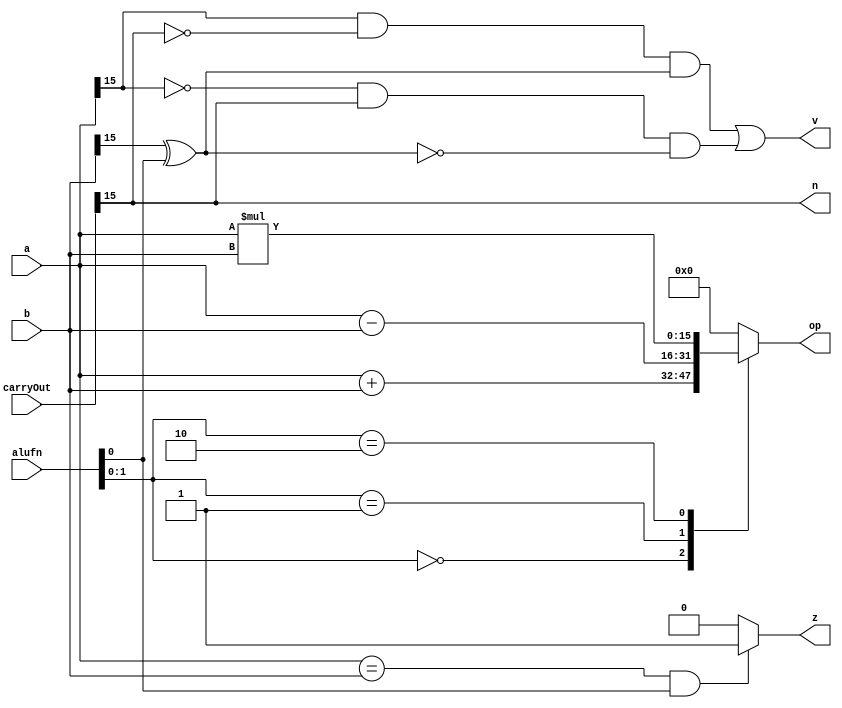
module adder16_13 (
    input [15:0] a,
    input [15:0] b,
    input [5:0] alufn,
    input [15:0] carryOut,
    output reg [15:0] op,
    output reg z,
    output reg v,
    output reg n
  );
  
  
  
  always @* begin
    
    case (alufn[0+1-:2])
      default: begin
        op = 1'h0;
      end
      2'h0: begin
        op = a + b;
      end
      2'h1: begin
        op = a - b;
      end
      2'h2: begin
        op = a * b;
      end
    endcase
    if (a == b && alufn[0+0-:1] == 1'h1) begin
      z = 1'h1;
    end else begin
      z = 1'h0;
    end
    v = (a[15+0-:1] & (!carryOut[15+0-:1]) & (b[15+0-:1] ^ alufn[0+0-:1])) | ((!a[15+0-:1]) & carryOut[15+0-:1] & !(b[15+0-:1] ^ alufn[0+0-:1]));
    n = carryOut[15+0-:1];
  end
endmodule